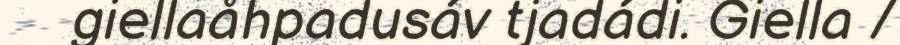
giellaåhpadusáv tjadádi. Giella /